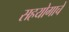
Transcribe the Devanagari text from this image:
सहयोगाचे